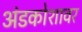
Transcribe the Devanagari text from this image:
अंडकोशावर